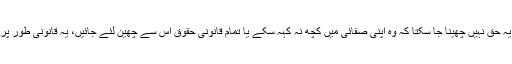
یاد رہے کسی بھی ملزم یا مجرم سے یہ حق نہیں چھینا جا سکتا کہ وہ اپنی صفائی میں کچھ نہ کہہ سکے یا تمام قانونی حقوق اس سے چھین لئے جائیں، یہ قانونی طور پر بھی غلط ہوگا اور شرعی طورپربھی۔